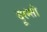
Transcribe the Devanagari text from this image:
दूरन्तो